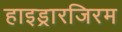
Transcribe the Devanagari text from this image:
हाइड्रारजिरम